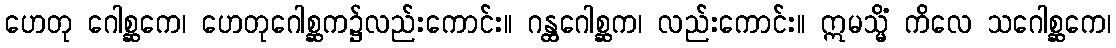
ဟေတု ဂေါစ္ဆကေ၊ ဟေတုဂေါစ္ဆက၌လည်းကောင်း။ ဂန္ထဂေါစ္ဆက၊ လည်းကောင်း။ ဣမသ္မိံ ကိလေ သဂေါစ္ဆကေ၊